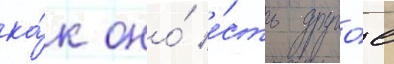
ка́к оно́ е́сть друго́е